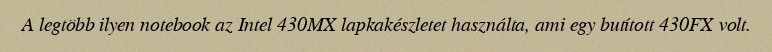
A legtöbb ilyen notebook az Intel 430MX lapkakészletet használta, ami egy butított 430FX volt.